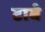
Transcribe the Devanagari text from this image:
टाबे